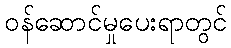
ဝန်ဆောင်မှုပေးရာတွင်